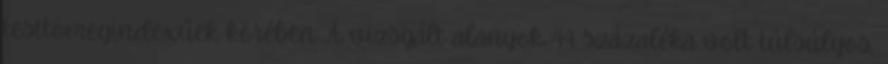
testtömegindexűek körében. A vizsgált alanyok 44 százaléka volt túlsúlyos,